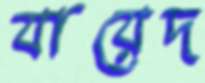
যায়েদ